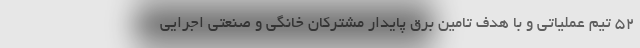
۵۲ تیم عملیاتی و با هدف تامین برق پایدار مشترکان خانگی و صنعتی اجرایی